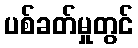
ပစ်ခတ်မှုတွင်